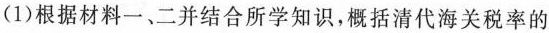
(1)根据材料一、二并结合所学知识，概括清代海关税率的